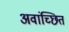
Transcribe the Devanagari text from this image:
अवांच्छित